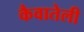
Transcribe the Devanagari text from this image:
कैवातेली